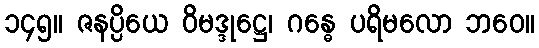
၁၄၅။ ဇနပ္ပိယေ ဝိမဒ္ဒုဋ္ဌေ၊ ဂန္ဓေ ပရိမလော ဘဝေ။